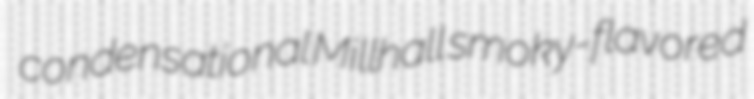
condensational Millhall smoky-flavored